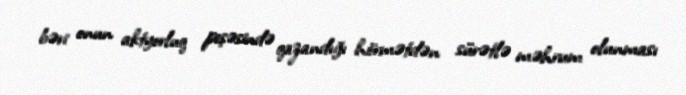
bəri onun aktyorluq peşəsində qazandığı hörmətdən sürətlə məhrum olunması